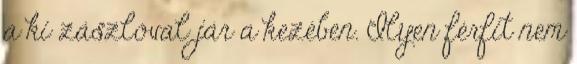
a ki zászlóval jár a kezében. Ilyen férfit nem